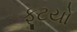
ફૂટયો